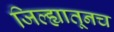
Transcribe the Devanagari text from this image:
जिल्ह्यातूनच